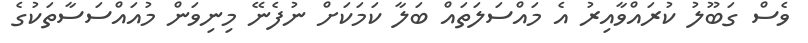
ވެސް ގަބޫލު ކުރައްވާއިރު އެ މައްސަލަތައް ބަލާ ކަމަކަށް ނުފެނޭ މިނިވަން މުއައްސަސާތަކުގެ